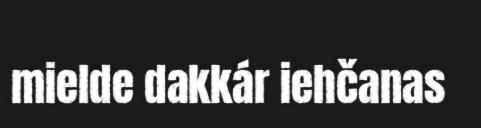
mielde dakkár iehčanas